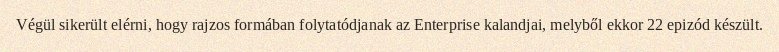
Végül sikerült elérni, hogy rajzos formában folytatódjanak az Enterprise kalandjai, melyből ekkor 22 epizód készült.